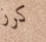
كرز